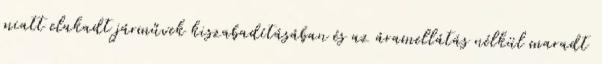
miatt elakadt járművek kiszabadításában és az áramellátás nélkül maradt